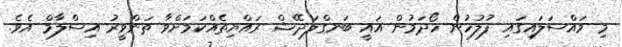
މި މައްސަލައިގައި ފުލުހުން ހޯދަމުން އައީ ބަނގްލަދޭޝް ރައްޔިތެއްކަމަށްވާ ތަންވީރު އިސްލާމް އެވެ.